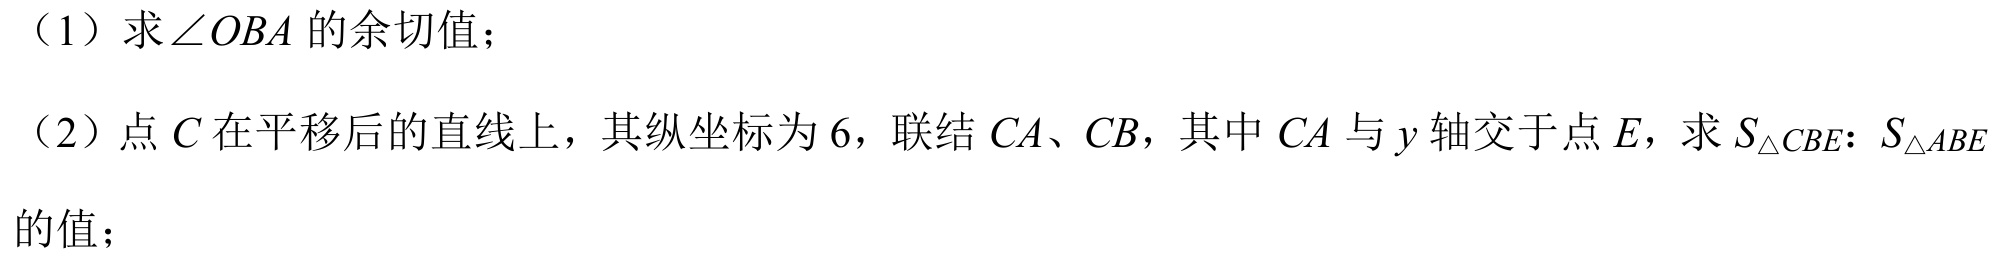
（1）求\(\angle OBA\)的余切值；
（2）点\(C\)在平移后的直线上，其纵坐标为\(6\)，联结\(CA\)、\(CB\)，其中\(CA\)与\(y\)轴交于点\(E\)，求\(S_{\triangle CBE}:S_{\triangle ABE}\)的值；